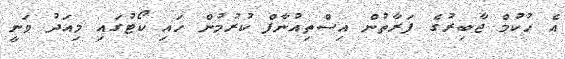
އެ ހުކުމް ޖާބިރުގެ ފަރާތުން އިސްތިއުނާފް ކުރުމުން ހައި ކޯޓުގައި މިއަދު ވަނީ